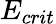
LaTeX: E_{crit}